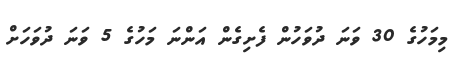
މިމަހުގެ 30 ވަނަ ދުވަހުން ފެށިގެން އަންނަ މަހުގެ 5 ވަނަ ދުވަހަށް